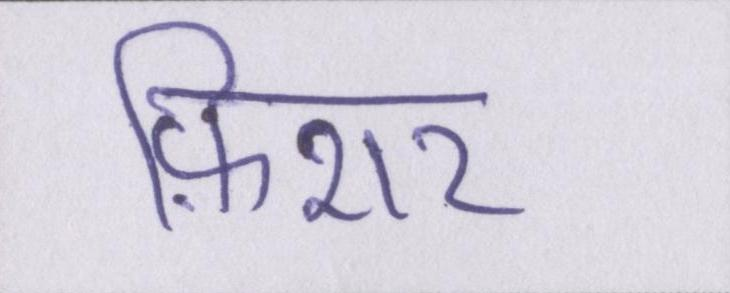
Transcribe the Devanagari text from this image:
फ़िशर